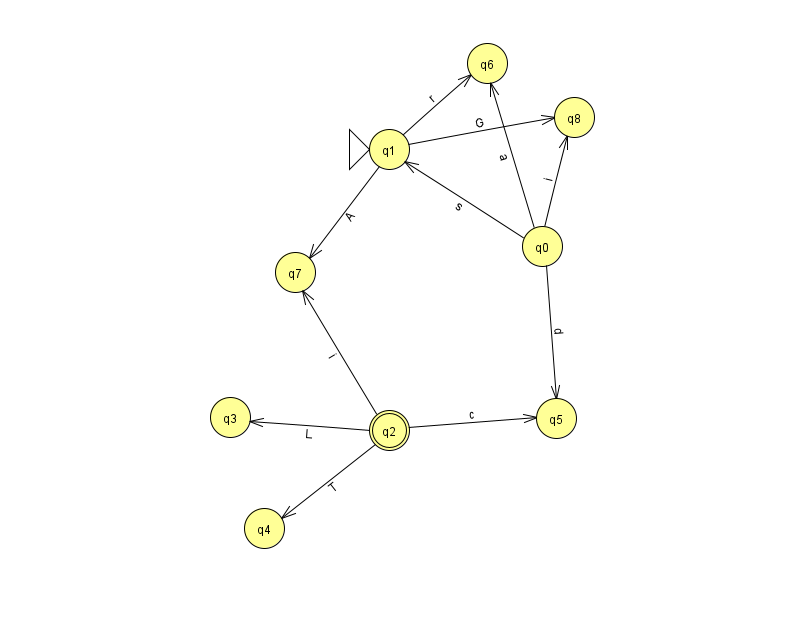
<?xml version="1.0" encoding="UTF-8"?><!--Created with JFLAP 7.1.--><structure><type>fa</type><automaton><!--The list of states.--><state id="0" name="q0"><x>542.0</x><y>233.0</y></state><state id="1" name="q1"><x>389.0</x><y>136.0</y><initial/></state><state id="2" name="q2"><x>389.0</x><y>417.0</y><final/></state><state id="3" name="q3"><x>230.0</x><y>404.0</y></state><state id="4" name="q4"><x>264.0</x><y>515.0</y></state><state id="5" name="q5"><x>556.0</x><y>405.0</y></state><state id="6" name="q6"><x>487.0</x><y>50.0</y></state><state id="7" name="q7"><x>295.0</x><y>259.0</y></state><state id="8" name="q8"><x>574.0</x><y>104.0</y></state><!--The list of transitions.--><transition><from>0</from><to>8</to><read>i</read></transition><transition><from>2</from><to>5</to><read>c</read></transition><transition><from>0</from><to>1</to><read>s</read></transition><transition><from>0</from><to>5</to><read>d</read></transition><transition><from>1</from><to>6</to><read>r</read></transition><transition><from>1</from><to>7</to><read>A</read></transition><transition><from>2</from><to>3</to><read>L</read></transition><transition><from>2</from><to>4</to><read>T</read></transition><transition><from>1</from><to>8</to><read>G</read></transition><transition><from>2</from><to>7</to><read>i</read></transition><transition><from>0</from><to>6</to><read>a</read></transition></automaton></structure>